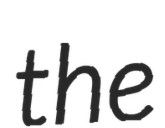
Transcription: the